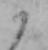
か